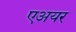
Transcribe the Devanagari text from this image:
एअयर